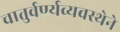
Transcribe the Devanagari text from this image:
चातुर्वर्ण्यव्यवस्थेने